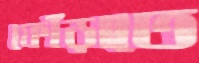
ফোঁড়াতে